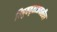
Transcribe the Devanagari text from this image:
विषुववृताजवळील